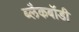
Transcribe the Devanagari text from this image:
ब्लैकबॉडी